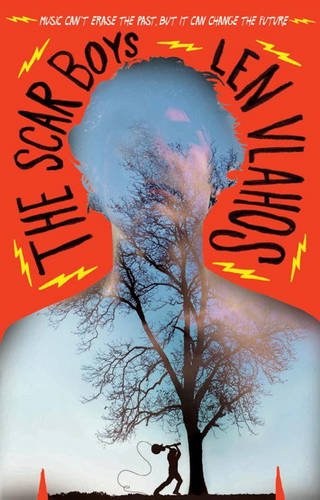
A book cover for The Scar Boys; Len Vlahos; Teen & Young Adult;